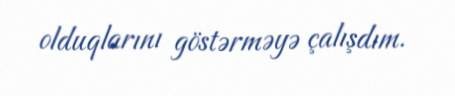
olduqlarını göstərməyə çalışdım.